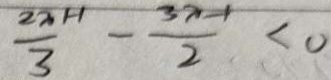
\frac { 2 x 1 - 1 } { 3 } - \frac { 3 x - 1 } { 2 } < 0